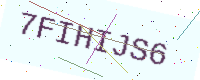
Text: 7FIHIJS6